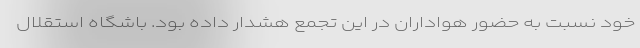
خود نسبت به حضور هواداران در این تجمع هشدار داده بود. باشگاه استقلال